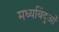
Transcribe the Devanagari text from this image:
मध्यबिंदुओं